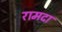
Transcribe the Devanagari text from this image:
रामदा